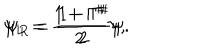
\psi _ { L } = \frac { 1 + \Gamma ^ { \sharp } } { 2 } \psi , \hspace { 1 0 m m } \psi _ { R } = \frac { 1 - \Gamma ^ { \sharp } } { 2 } \psi .